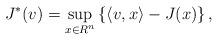
LaTeX: \begin{align*} J^*(v) = \sup_{x\in R^{n}}\left\{\langle v,x \rangle - J(x)\right\}, \end{align*}